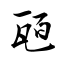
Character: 瓸